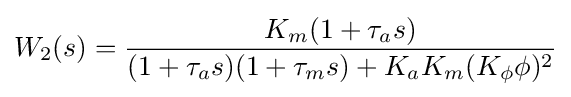
W_{2}(s)={\frac {K_{m}(1+\tau _{a}s)}{(1+\tau _{a}s)(1+\tau _{m}s)+K_{a}K_{m}(K_{\phi }\phi )^{2}}}